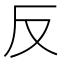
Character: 反